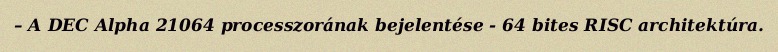
– A DEC Alpha 21064 processzorának bejelentése - 64 bites RISC architektúra.